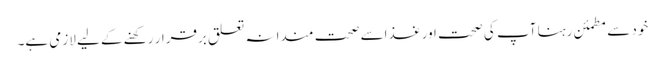
خود سے مطمئن رہنا آپ کی صحت اور غذاسے صحت مندانہ تعلق برقرار رکھنے کے لیے لازمی ہے۔